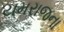
યમરાજના